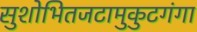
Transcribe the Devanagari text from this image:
सुशोभितजटामुकुटगंगा